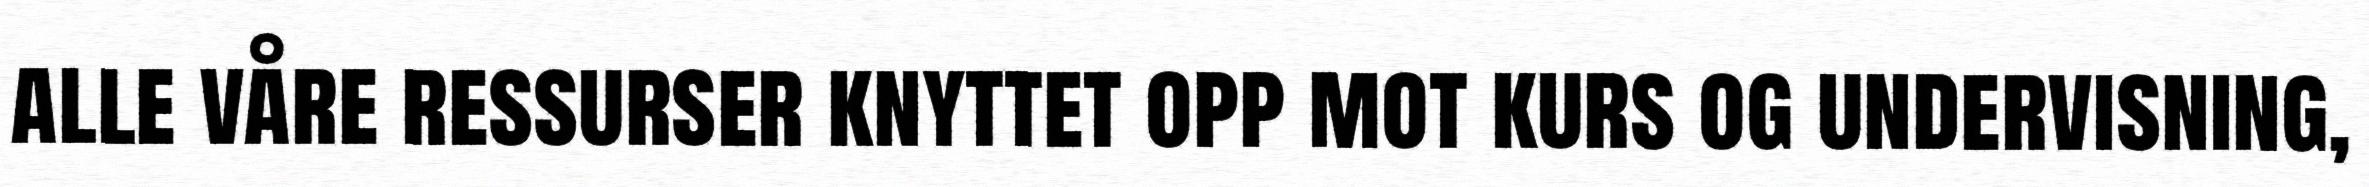
alle våre ressurser knyttet opp mot kurs og undervisning,